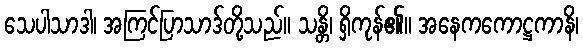
သေပါသာဒါ၊ အကြင်ပြာသာဒ်တို့သည်။ သန္တိ၊ ရှိကုန်၏။ အနေကကောဋ္ဌကာနိ၊